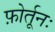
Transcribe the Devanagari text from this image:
फ़ोर्तूनः